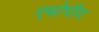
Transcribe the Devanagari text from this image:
एथोपीय